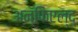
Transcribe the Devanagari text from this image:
अन्फिएल्द्